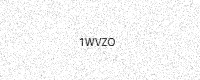
Text: 1WVZO